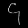
Digit: ၄